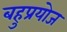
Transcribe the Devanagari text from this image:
बहुप्रयोज